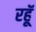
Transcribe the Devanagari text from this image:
रहॅू